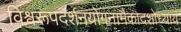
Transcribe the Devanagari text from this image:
विश्वरूपदर्शनयोगनामैकादशोध्याय